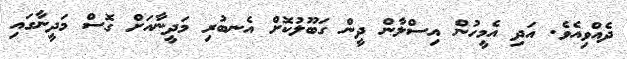
ދެއްވިއެވެ. އަދި އެމީހުން އިސްލާން ދީން ގަބޫލުކޮށް އެނބުރި މަދީނާއަށް ގޮސް މަދީނާގައި